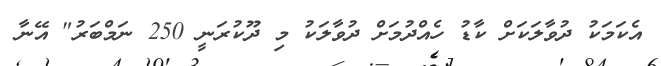
އެކަމަކު ދުވާލަކަށް ކާޑު ހެއްދުމަށް ދުވާލަކު މި ދޫކުރަނީ 250 ނަމްބަރު" އޭނާ